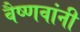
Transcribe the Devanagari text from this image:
वैष्णवांनी